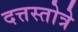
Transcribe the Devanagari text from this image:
दत्तस्तोत्रे